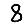
Digit: 8